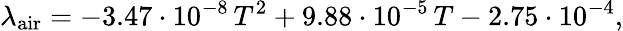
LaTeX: \lambda_{\mathrm{air}}=-3.47\cdot 10^{-8}\, T^{2}+9.88\cdot 10^{-5}\, T-2.75\cdot 10^{-4},